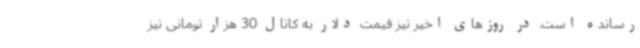
رسانده است. در روزهای اخیر نیز قیمت دلار به کانال 30 هزار تومانی نیز